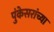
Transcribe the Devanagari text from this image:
पुंकेसरांच्या